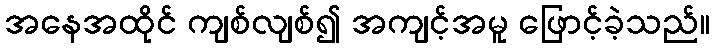
အနေအထိုင် ကျစ်လျစ်၍ အကျင့်အမူ ဖြောင့်ခဲ့သည်။